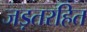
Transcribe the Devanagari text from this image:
जड़तरहित